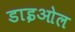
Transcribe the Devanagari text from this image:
डाइओल